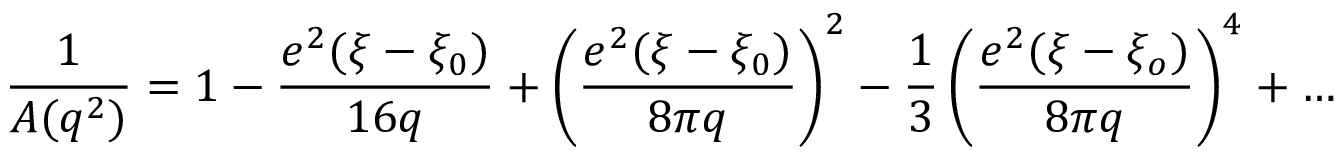
\frac { 1 } { A ( q ^ { 2 } ) } = 1 - \frac { e ^ { 2 } ( \xi - \xi _ { 0 } ) } { 1 6 q } + \left( \frac { e ^ { 2 } ( \xi - \xi _ { 0 } ) } { 8 \pi q } \right) ^ { 2 } - \frac { 1 } { 3 } \left( \frac { e ^ { 2 } ( \xi - \xi _ { o } ) } { 8 \pi q } \right) ^ { 4 } + \ldots